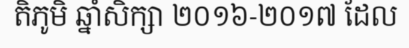
តិភូមិ ឆ្នាំសិក្សា ២០១៦-២០១៧ ដែល